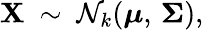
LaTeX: \mathbf{X}\ \sim\ {\mathcal{N}}_{k}({\boldsymbol{\mu}},\, {\boldsymbol{\Sigma}}),